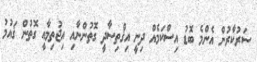
ސަރުކާރުން އެންމެ ބޮޑު އިސްކަމެއް ދިނީ އިޤްތިޞާދީ ގޮތުންނާއި އިޖުތިމާޢީ ގޮތުން ޤައުމު